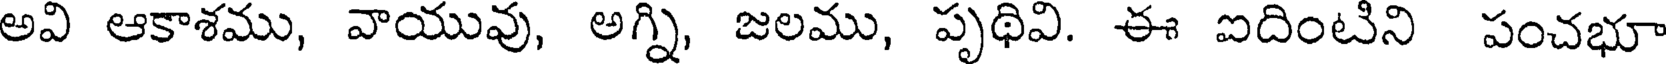
అవి ఆకాశము, వాయువు, అగ్ని, జలము, పృథివి. ఈ ఐదింటిని పంచభూ